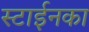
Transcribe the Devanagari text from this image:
स्टाईनका